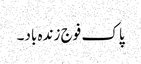
پاک فوج زندہ باد۔